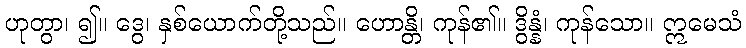
ဟုတွာ၊ ၍။ ဒွေ၊ နှစ်ယောက်တို့သည်။ ဟောန္တိ၊ ကုန်၏။ ဒွိန္နံ၊ ကုန်သော။ ဣမေသံ